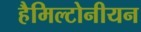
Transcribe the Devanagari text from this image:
हैमिल्टोनीयन